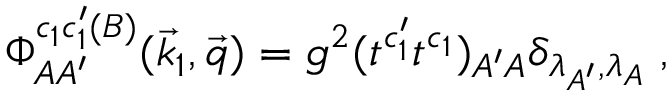
\Phi _ { A A ^ { \prime } } ^ { c _ { 1 } c _ { 1 } ^ { \prime } ( B ) } ( \vec { k } _ { 1 } , \vec { q } ) = g ^ { 2 } ( t ^ { c _ { 1 } ^ { \prime } } t ^ { c _ { 1 } } ) _ { A ^ { \prime } A } \delta _ { \lambda _ { A ^ { \prime } } , \lambda _ { A } } \; ,